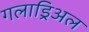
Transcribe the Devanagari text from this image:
गलाड्रिअल